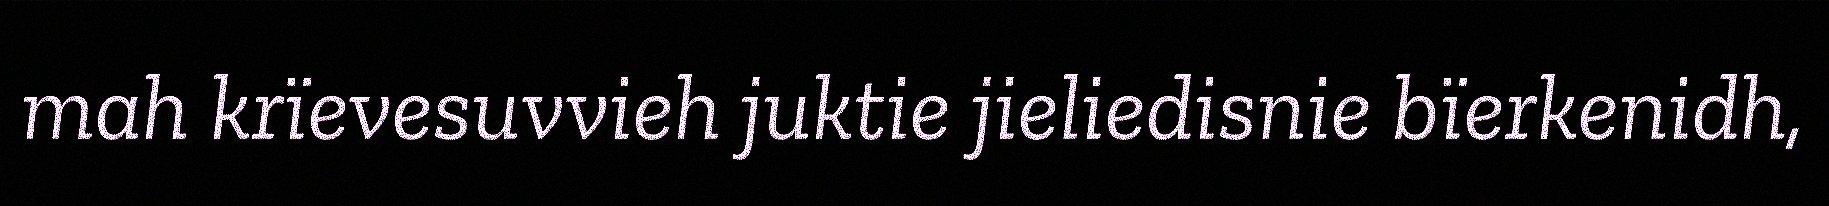
mah krïevesuvvieh juktie jieliedisnie bïerkenidh,